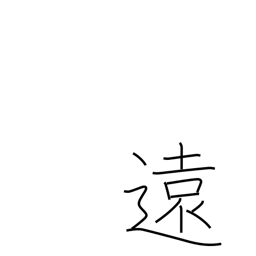
Meaning: distant